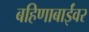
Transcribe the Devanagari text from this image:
बहिणाबाईंवर